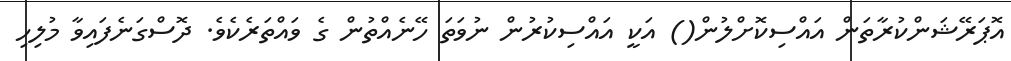
އޮޕަރޭޝަންކުރާތަން އައްސިކޮށްލުން() އަކީ އައްސިކުރުން ނުވަތަ ހޭނެއްތުން ގެ ވައްތަރެކެވެ. ދޮސްގަނެފައިވާ މުލިހި